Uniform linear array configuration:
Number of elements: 24
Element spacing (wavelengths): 0.25
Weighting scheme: hamming
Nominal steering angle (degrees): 15
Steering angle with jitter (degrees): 16.193
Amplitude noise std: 0.05
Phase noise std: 0.05

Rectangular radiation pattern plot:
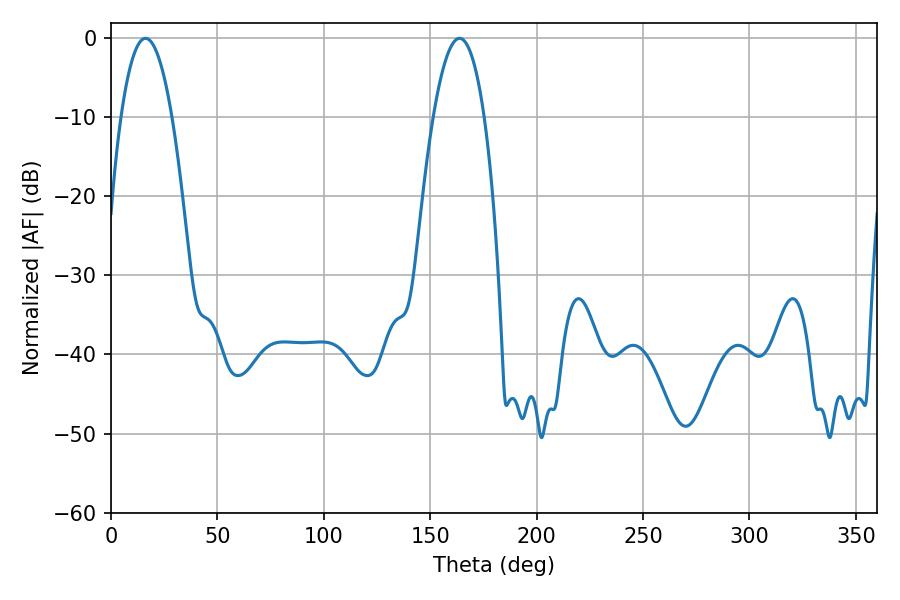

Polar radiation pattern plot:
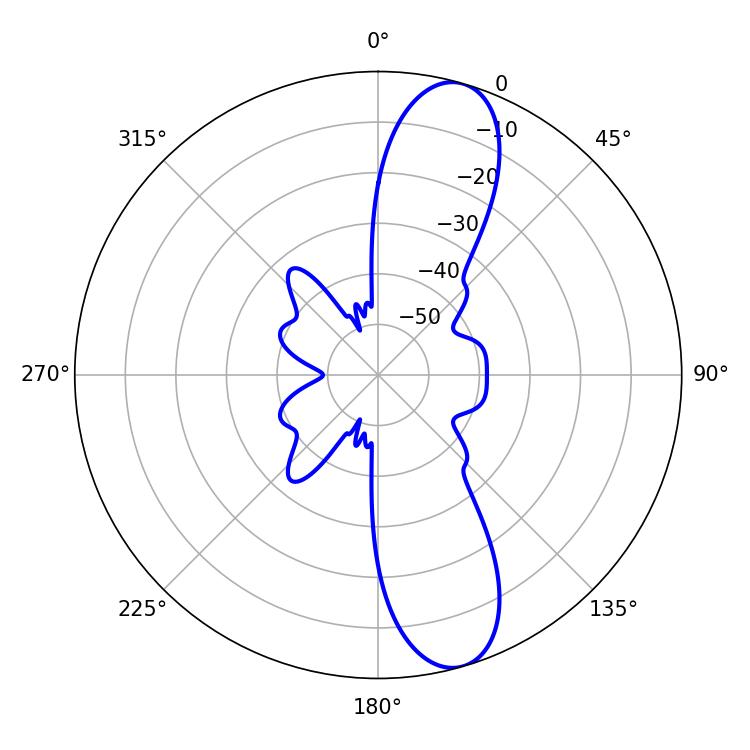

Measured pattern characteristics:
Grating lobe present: FALSE
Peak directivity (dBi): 11.559
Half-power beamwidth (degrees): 13.32
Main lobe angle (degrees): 16.2